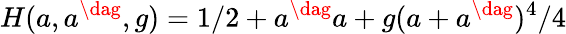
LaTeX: H(a,a^{\dag},g)=1/2+a^{\dag}a+g(a+a^{\dag})^{4}/4